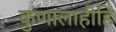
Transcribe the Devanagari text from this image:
कुणालाहीहि